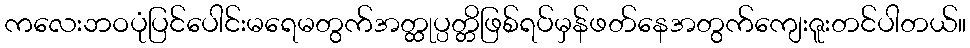
ကလေးဘဝပုံပြင်ပေါင်းမရေမတွက်အတ္ထုပ္ပတ္တိဖြစ်ရပ်မှန်ဖတ်နေအတွက်ကျေးဇူးတင်ပါတယ်။